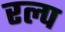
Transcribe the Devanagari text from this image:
रल्प